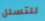
للتسلل